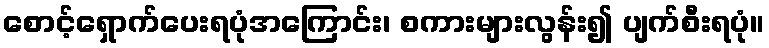
စောင့်ရှောက်ပေးရပုံအကြောင်း၊ စကားများလွန်း၍ ပျက်စီးရပုံ။